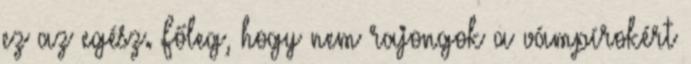
ez az egész. Főleg, hogy nem rajongok a vámpírokért